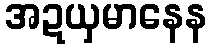
အဍယှမာနေန